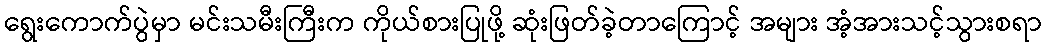
ရွေးကောက်ပွဲမှာ မင်းသမီးကြီးက ကိုယ်စားပြုဖို့ ဆုံးဖြတ်ခဲ့တာကြောင့် အများ အံ့အားသင့်သွားစရာ